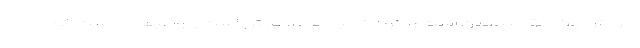
آموزش یک حق بنیادین است و کودک نیازمند آموزش است و وظیفه ما است که